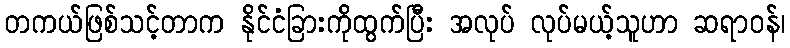
တကယ်ဖြစ်သင့်တာက နိုင်ငံခြားကိုထွက်ပြီး အလုပ် လုပ်မယ့်သူဟာ ဆရာဝန်၊